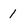
Character: I